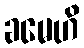
ခမေဟိ